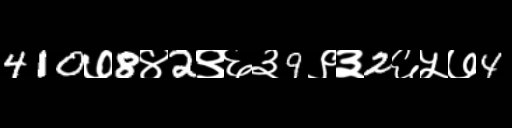
Text: 410७8४2९६३9९३2६५७4